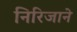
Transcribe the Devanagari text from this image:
निरिजाने